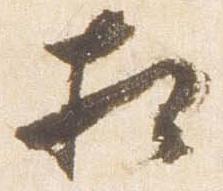
相